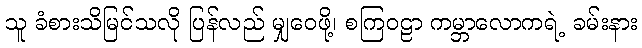
သူ ခံစားသိမြင်သလို ပြန်လည် မျှဝေဖို့၊ စကြဝဠာ ကမ္ဘာလောကရဲ့ ခမ်းနား